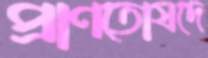
প্রাণতোষদে